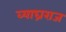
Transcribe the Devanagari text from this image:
व्याघ्रराज